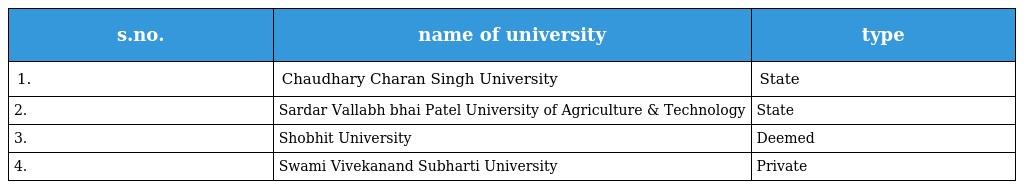
| s.no. | name of university | type |
 | --- | --- | --- |
 | 1. | Chaudhary Charan Singh University | State |
 | 2. | Sardar Vallabh bhai Patel University of Agriculture & Technology | State |
 | 3. | Shobhit University | Deemed |
 | 4. | Swami Vivekanand Subharti University | Private |